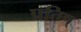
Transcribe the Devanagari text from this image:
प्रतिष्